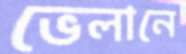
ভেলানে